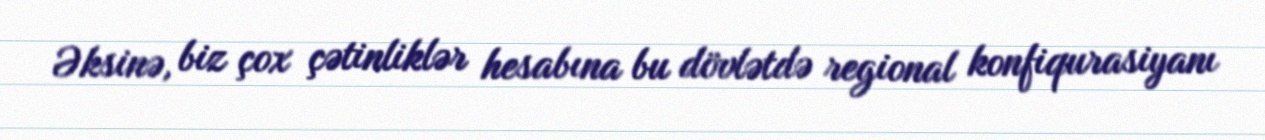
Əksinə, biz çox çətinliklər hesabına bu dövlətdə regional konfiqurasiyanı